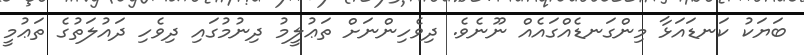
ބަޔަކު ކަނޑައަޅާ މިންގަނޑެއްގައެއް ނޫނެވެ. ދިވެހިންނަށް ތަޢުލީމު ދިނުމުގައި ދިވެހި ދައުލަތުގެ ތަޢުމީ